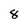
Character: 8